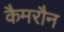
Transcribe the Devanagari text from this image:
कैमरौन